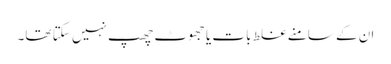
ان کے سامنے غلط بات یا جھوٹ چھپ نہیں سکتا تھا۔